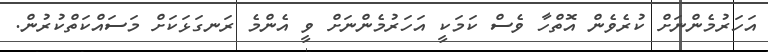
އަހަރުމެންނަށް ކުރެވެން އޮތްހާ ވެސް ކަމަކީ އަހަރުމެންނަށް ވީ އެންމެ ރަނގަޅަކަށް މަސައްކަތްކުރުން.